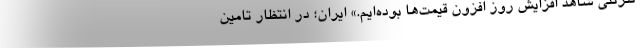
نترنتی شاهد افزایش روز افزون قیمت‌ها بوده‌ایم.» ایران؛ در انتظار تامین